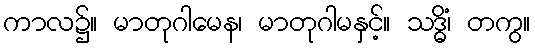
ကာလ၌။ မာတုဂါမေန၊ မာတုဂါမနှင့်။ သဒ္ဓိံ၊ တကွ။